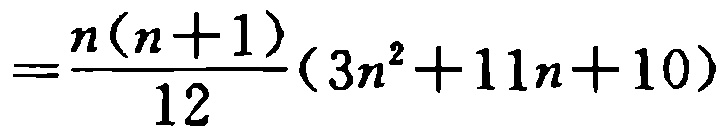
$=\frac{n(n + 1)}{12}(3n^{2}+11n + 10)$